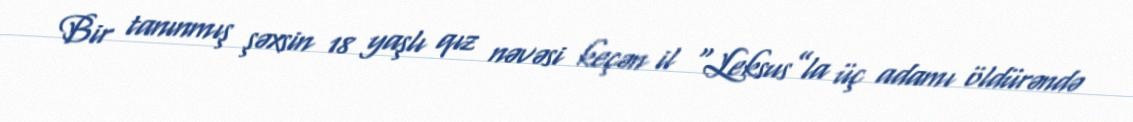
Bir tanınmış şəxsin 18 yaşlı qız nəvəsi keçən il “Leksus”la üç adamı öldürəndə